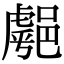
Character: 𨝞